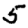
Digit: 5